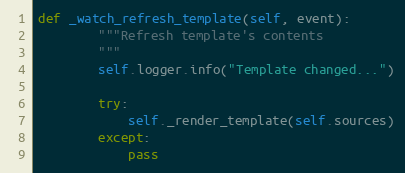
Language: Python
def _watch_refresh_template(self, event):
        """Refresh template's contents
        """
        self.logger.info("Template changed...")

        try:
            self._render_template(self.sources)
        except:
            pass